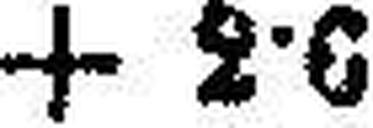
+ 2·6